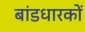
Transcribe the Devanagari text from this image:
बांडधारकों